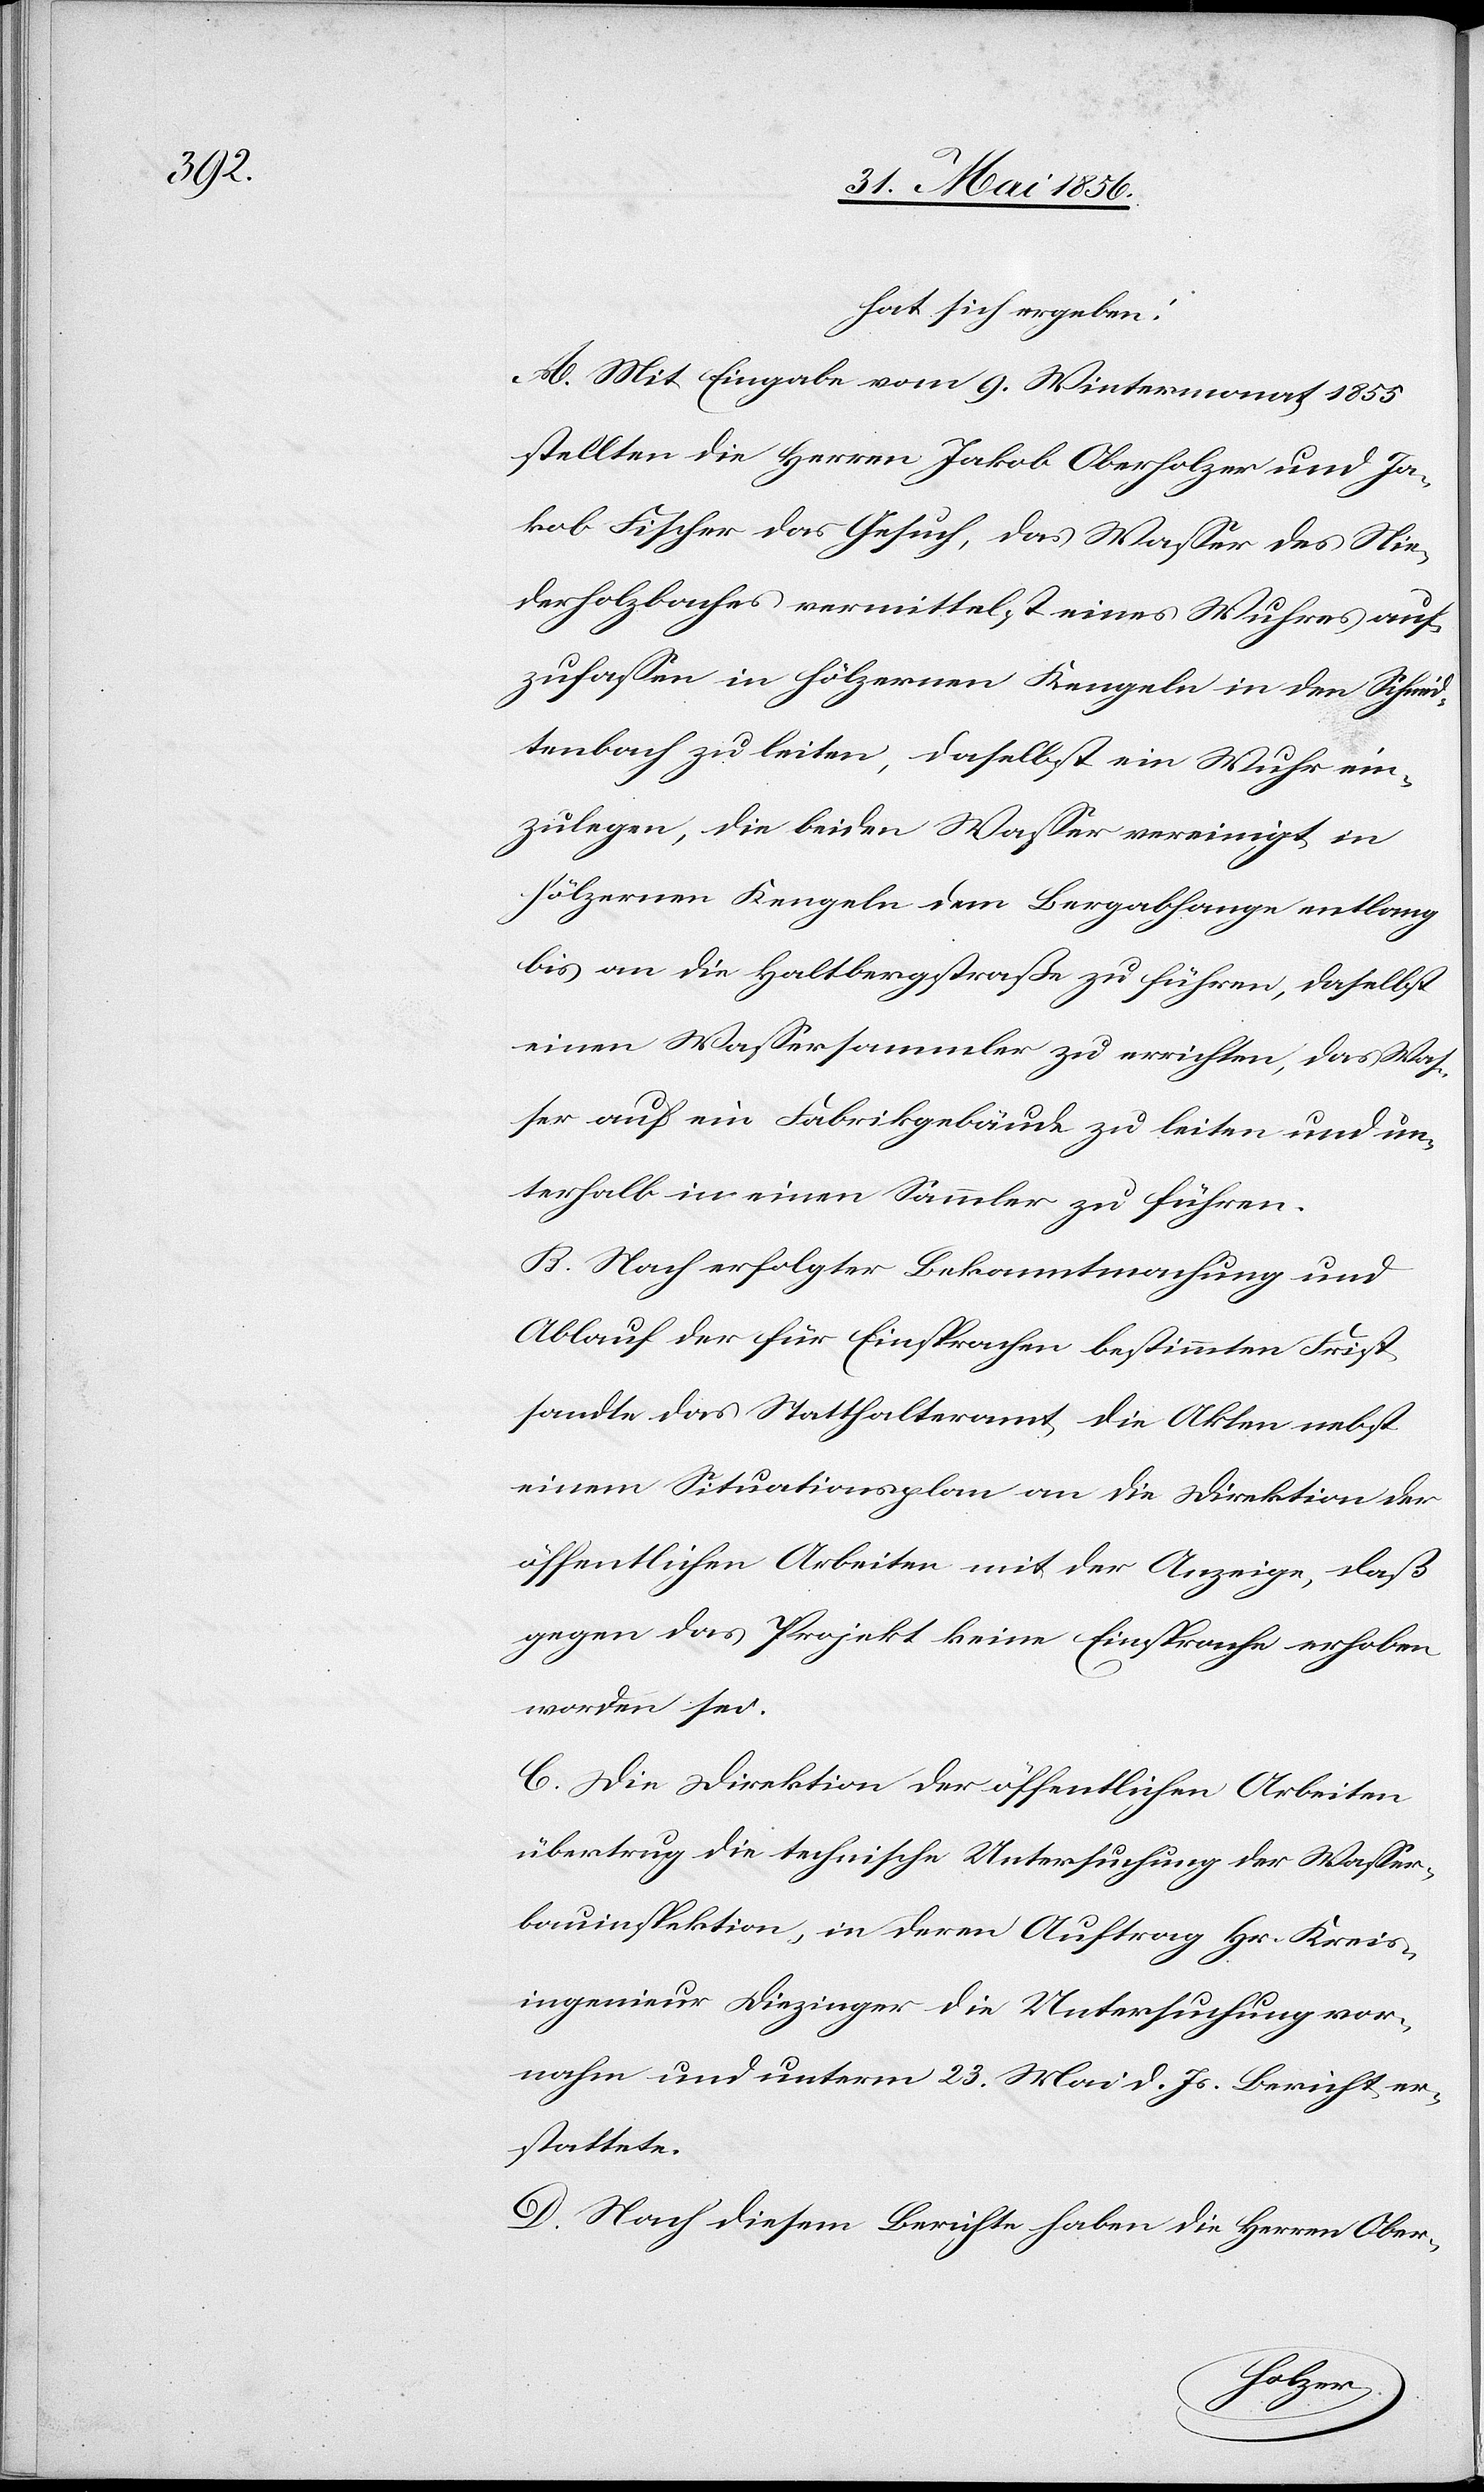
hat sich ergeben:
A. Mit Eingabe vom 9. Wintermonat 1855
stellten die Herren Jakob Oberholzer und Ja¬
kob Fischer das Gesuch, das Wasser des Nie¬
derholzbaches vermittelst eines Wuhres auf¬
zufassen in hölzernen Kengeln in den Schmid¬
tenbach zu leiten, daselbst ein Wuhr ein¬
zulegen, die beiden Wasser vereinigt in
hölzernen Kengeln dem Bergabhange entlang
bis an die Haltbergstraße zu führen, daselbst
einen Wassersammler zu errichten, das Was¬
ser auf ein Fabrikgebäude zu leiten und un¬
terhalb in einen Sammler zu führen.
B. Nach erfolgter Bekanntmachung und
Ablauf der für Einsprachen bestimmten Frist
sandte das Statthalteramt die Akten nebst
einem Situationsplan an die Direktion der
öffentlichen Arbeiten mit der Anzeige, daß
gegen das Projekt keine Einsprache erhoben
worden sei.
C. Die Direktion der öffentlichen Arbeiten
übertrug die technische Untersuchung der Wasser¬
bauinspektion, in deren Auftrag Hr. Kreis¬
ingenieur Diezinger die Untersuchung vor¬
nahm und unterm 23. Mai d. Js. Bericht er¬
stattete.
D. Nach diesem Berichte haben die Herren Ober-